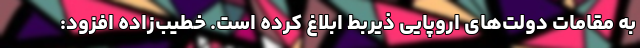
به مقامات دولت‌های اروپایی ذیربط ابلاغ کرده است. خطیب‌زاده افزود: